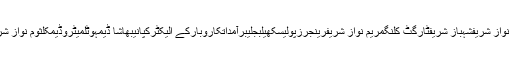
کراچیالیکشنپاکستانمیاں نواز شریفشہباز شریفٹارگٹ کلنگمریم نواز شریفرینجرزپولیسکھیلبجلیبرآمداتکاروبارکے الیکٹرکپانیبھاشا ڈیمہوٹلمیٹروڈیمکلثوم نواز شریفعام انتخابات 2018